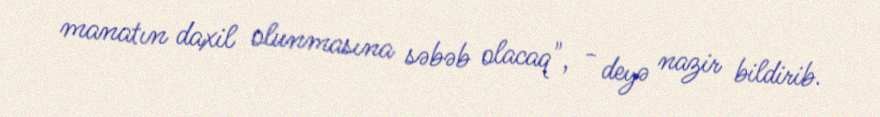
manatın daxil olunmasına səbəb olacaq", - deyə nazir bildirib.